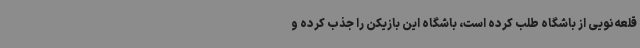
قلعه‌نویی از باشگاه طلب کرده است، باشگاه این بازیکن را جذب کرده و